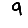
Digit: 9